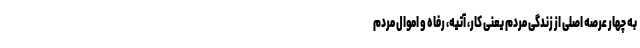
به چهار عرصه اصلی از زندگی مردم یعنی کار، آتیه، رفاه و اموال مردم